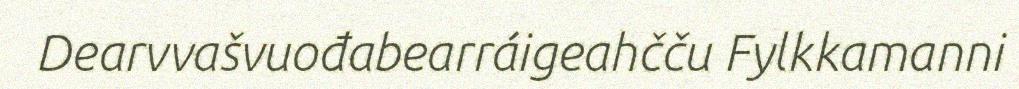
Dearvvašvuođabearráigeahčču Fylkkamanni